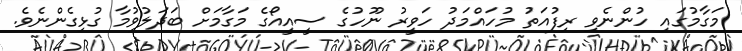
މަގާމުގައި ހުންނެވި ރިފުއަތު މުހައްމަދު ހަވީރު ނޫހުގެ ސީއީއޯގެ މަގާމަށް ބަދަލުވުމާ ގުޅިގެންނެވެ.